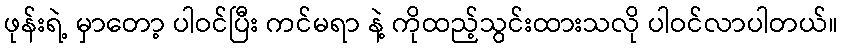
ဖုန်းရဲ့ မှာတော့ ပါဝင်ပြီး ကင်မရာ နဲ့ ကိုထည့်သွင်းထားသလို ပါဝင်လာပါတယ်။